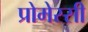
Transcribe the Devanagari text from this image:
प्रोमेस्सी